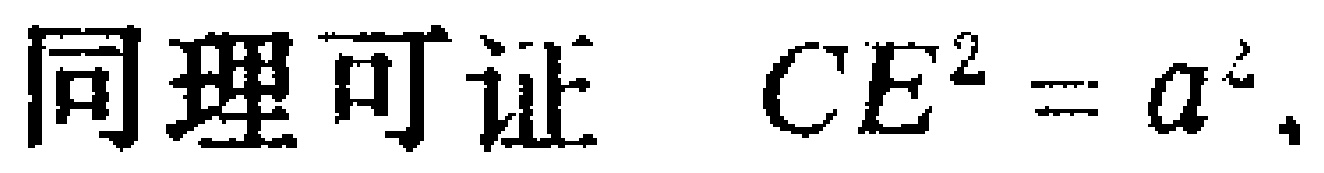
同理可证 \(CE^{2}=a^{2}\).